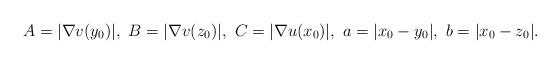
LaTeX: \begin{align*}A=|\nabla v(y_0)|,\, \, B=|\nabla v(z_0)|,\, \, C=|\nabla u(x_0)|, \, \, a=|x_0-y_0|, \, \, b=|x_0-z_0|. \end{align*}